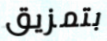
بتمزيق